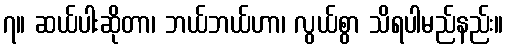
၇။ ဆယ်ပါးဆိုတာ၊ ဘယ်ဘယ်ဟာ၊ လွယ်စွာ သိရပါမည်နည်း။